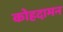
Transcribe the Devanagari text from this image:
कोहदामन